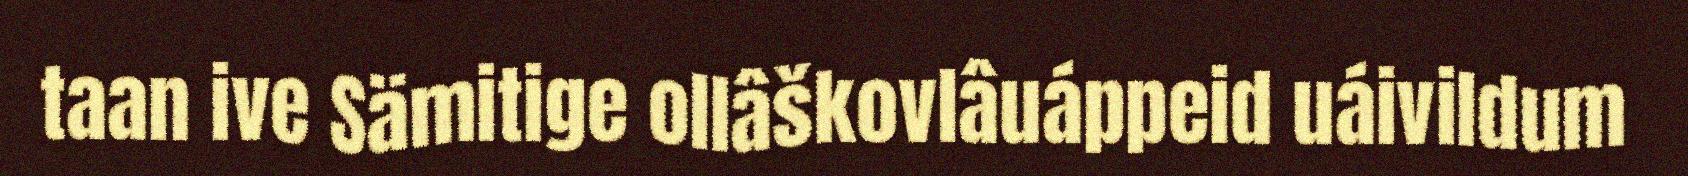
taan ive Sämitige ollâškovlâuáppeid uáivildum